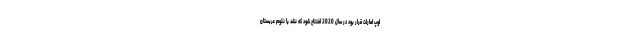
لوپ امارات قرار بود در سال 2020 افتتاح شود که نشد یا نئوم عربستان